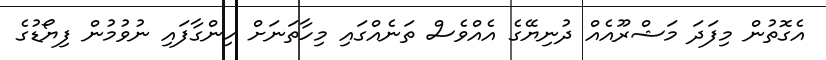
އެގޮތުން މިފަދަ މަޝްރޫއެއް ދުނިޔޭގެ އެއްވެސް ތަނެއްގައި މިހާތަނަށް ހިންގާފައި ނުވުމުން ފިޔޯޑުގެ